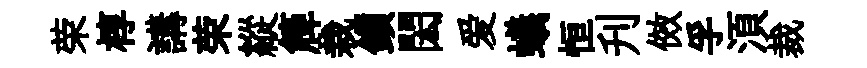
荣椁講荣縱簰栽鎻閎爱蟻恒刋傚孚湏裁